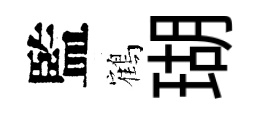
監鶴瑚